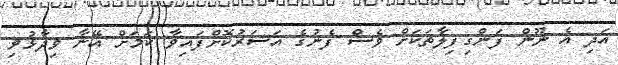
އަދި އެ ނޫން ފަންގިފިލާތަކަށް ވެސް ފެނުގެ އަސަރުކޮށްފައިވާ ކަމަށް އޭނާ ވިދާޅުވި